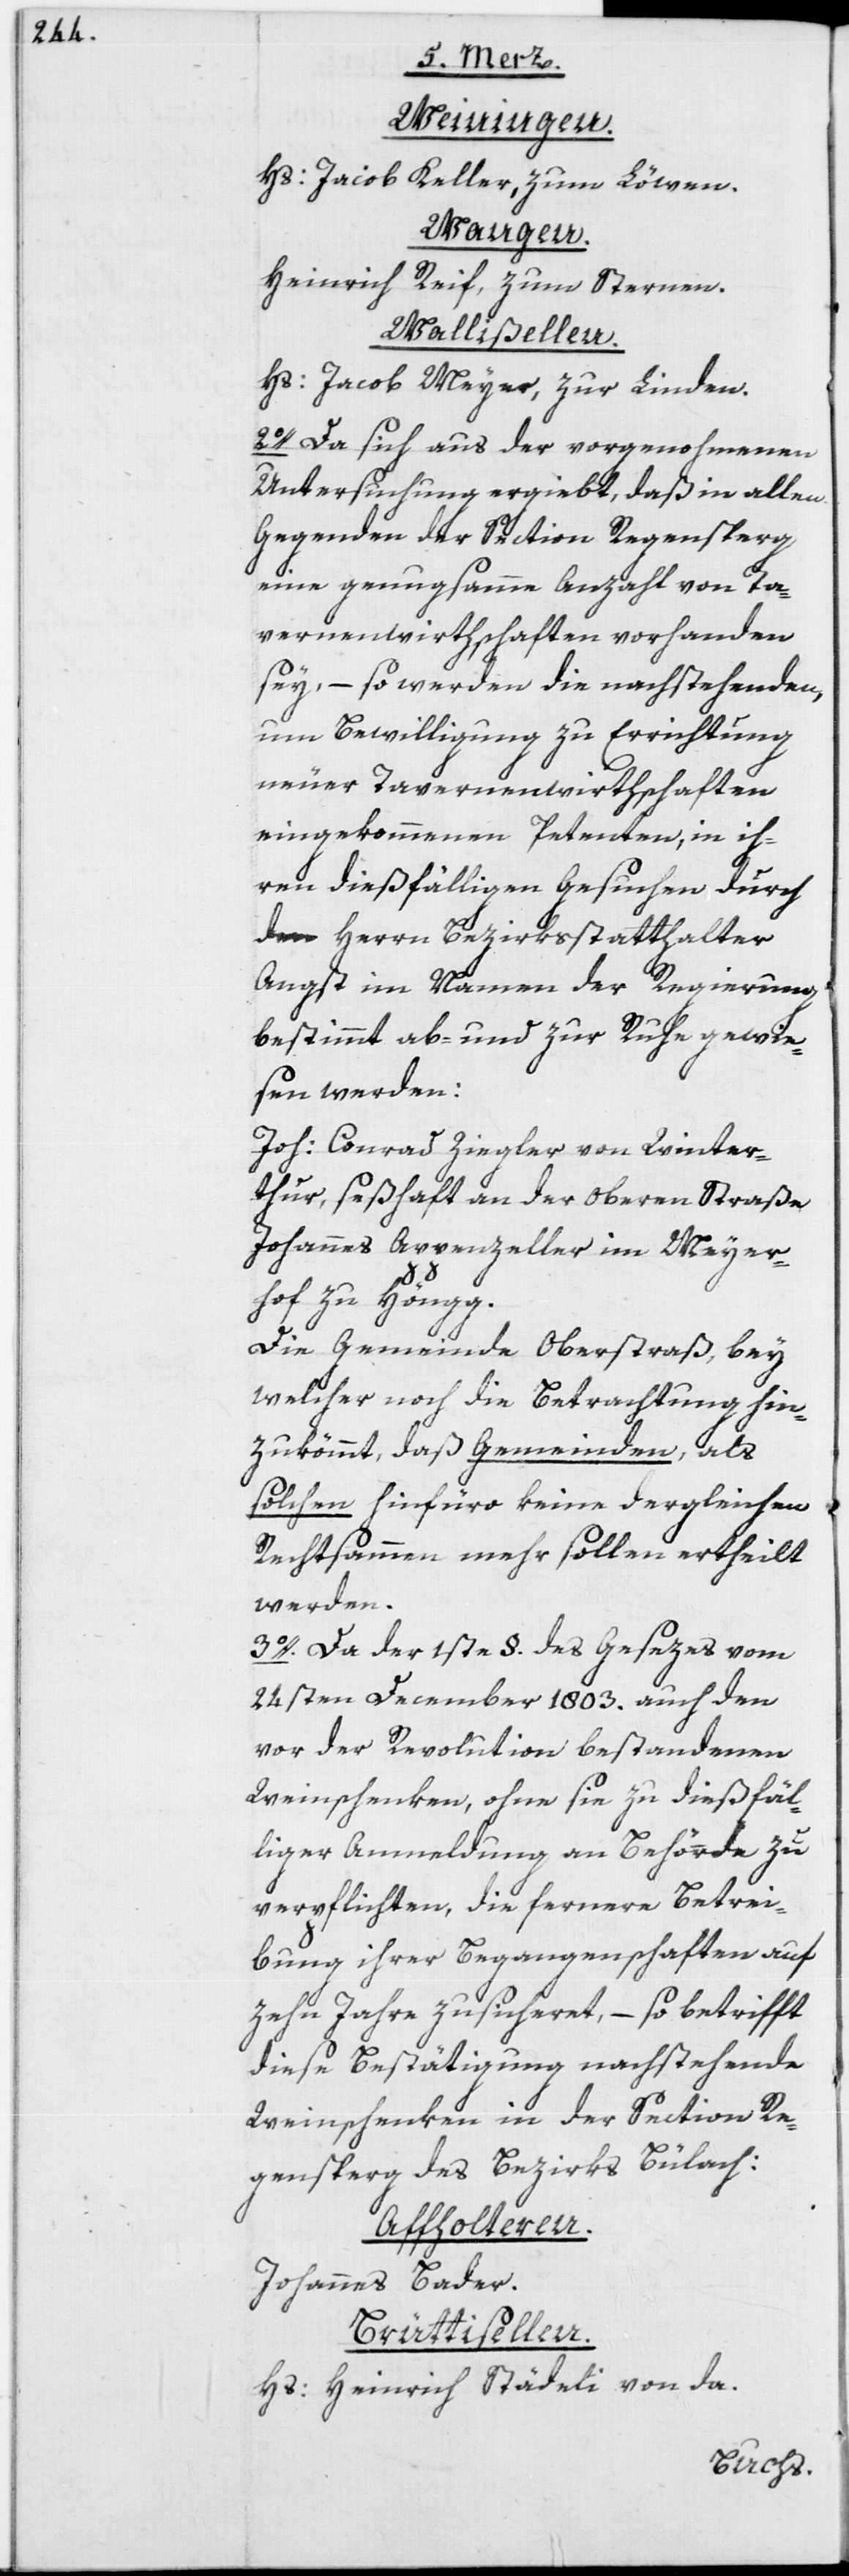
Weiningen.
Hs: Jacob Keller, zum Löwen.
Wangen.
Heinrich Reif, zum Sternen.
Wallißellen.
Hs: Jacob Meyer, zur Linden.
2o. Da sich aus der vorgenohmenen
Untersuchung ergiebt, daß in allen
Gegenden der Section Regensperg
eine genugsamme Anzahl von Ta¬
vernenwirthschaften vorhanden
sey, – so werden die nachstehenden,
um Bewilligung zu Errichtung
neuer Tavernenwirthschaften
eingekommenen Petenten, in ih¬
ren dießfälligen Gesuchen durch
den Herrn Bezirksstatthalter
Angst im Namen der Regierung
bestimmt ab- und zur Ruhe gewie¬
sen werden:
Joh: Conrad Ziegler von Winter¬
thur, seßhaft an der Oberen Straße
Johannes Appenzeller im Meyer¬
hof zu Höngg.
Die Gemeinde Oberstraß, bey
welcher noch die Betrachtung hin¬
zukömmt, daß Gemeinden, als
solchen hinfüro keine dergleichen
Rechtsammen mehr sollen ertheilt
werden.
3o. Da der 1ste §. des Gesezes vom
24sten December 1803. auch den
vor der Revolution bestandenen
Weinschenken, ohne sie zu dießfäl¬
liger Anmeldung an Behörde zu
verpflichten, die fernere Betrei¬
bung ihrer Begangenschaften auf
zehn Jahre zusicheret, – so betrifft
diese Bestätigung nachstehende
Weinschenken in der Section Re¬
gensperg des Bezirks Bülach:
Affholteren.
Johannes Bader.
Brüttisellen.
Hs: Heinrich Städeli von da.